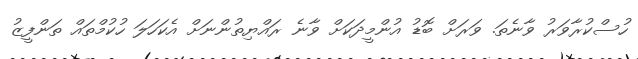
ހުސްކުރާވަރު ވާނެތަ. ވަރަށް ބޮޑު އުންމީދަކަށް ވާނެ ރައްޔިތުންނަށް އެކަހަލަ ހުކުމްތައް ތަންފީޒު